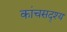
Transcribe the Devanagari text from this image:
कांचसदृश्य